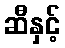
ဆီနှင့်